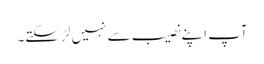
آپ اپنے نصیب سے نہیں لڑ سکتے۔